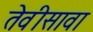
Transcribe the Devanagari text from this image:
तेवीसावा